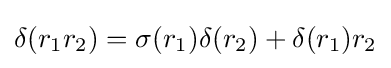
\delta (r_{1}r_{2})=\sigma (r_{1})\delta (r_{2})+\delta (r_{1})r_{2}